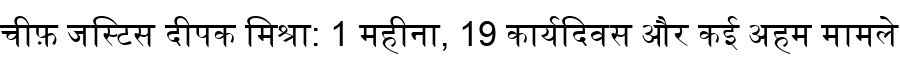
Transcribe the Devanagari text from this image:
चीफ़ जस्टिस दीपक मिश्रा: 1 महीना, 19 कार्यदिवस और कई अहम मामले